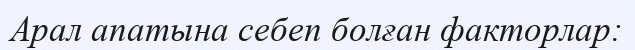
Арал апатына себеп болған факторлар: